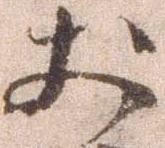
於